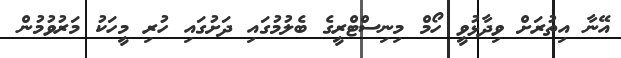
އޭނާ އިތުރަށް ވިދާޅުވީ ހޯމް މިނިސްޓްރީގެ ބެލުމުގައި ދަށުގައި ހުރި މީހަކު މަރުވުމުން